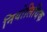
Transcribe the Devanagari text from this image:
नियोलिथिक